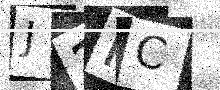
Text: J2HC